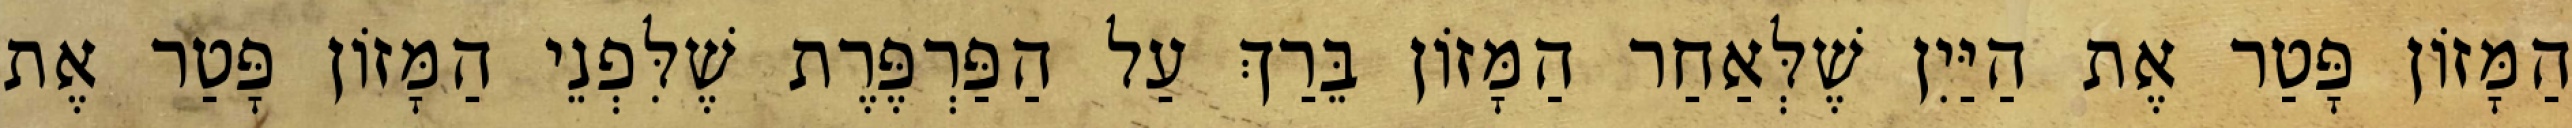
הַמָּזוֹן פָּטַר אֶת הַיַּיִן שֶׁלְּאַחַר הַמָּזוֹן בֵּרַךְ עַל הַפַּרְפֶּרֶת שֶׁלִּפְנֵי הַמָּזוֹן פָּטַר אֶת